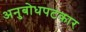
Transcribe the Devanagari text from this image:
अनुबोधपटकार